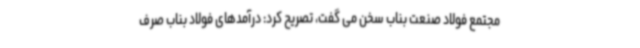
مجتمع فولاد صنعت بناب سخن می گفت، تصریح کرد: درآمدهای فولاد بناب صرف